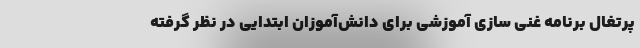
پرتغال برنامه غنی سازی آموزشی برای دانش‌آموزان ابتدایی در نظر گرفته